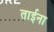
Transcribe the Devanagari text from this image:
ताईना